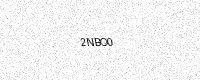
Text: 2NBO0